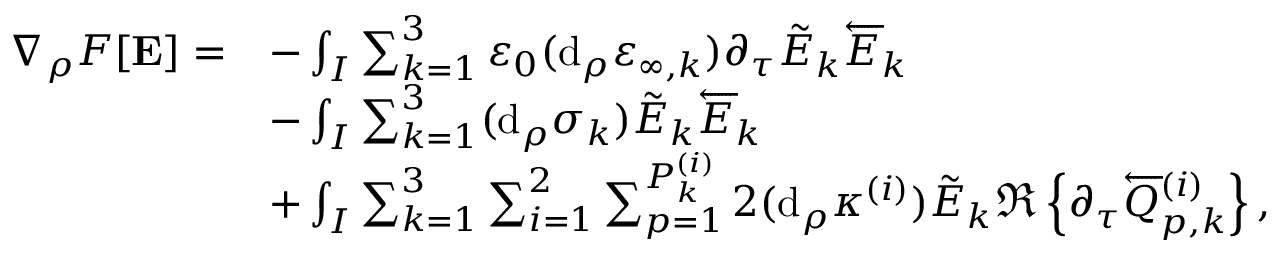
\begin{array} { r l } { \nabla _ { \rho } F [ \mathbf { E } ] = } & { - \int _ { I } \sum _ { k = 1 } ^ { 3 } \varepsilon _ { 0 } ( \mathrm { d } _ { \rho } \varepsilon _ { \infty , k } ) \partial _ { \tau } \tilde { E } _ { k } \overleftarrow { E } _ { k } } \\ & { - \int _ { I } \sum _ { k = 1 } ^ { 3 } ( \mathrm { d } _ { \rho } \sigma _ { k } ) \tilde { E } _ { k } \overleftarrow { E } _ { k } } \\ & { + \int _ { I } \sum _ { k = 1 } ^ { 3 } \sum _ { i = 1 } ^ { 2 } \sum _ { p = 1 } ^ { P _ { k } ^ { ( i ) } } 2 ( \mathrm { d } _ { \rho } \kappa ^ { ( i ) } ) \tilde { E } _ { k } \Re \left\{ \partial _ { \tau } \overleftarrow { Q } _ { p , k } ^ { ( i ) } \right\} , } \end{array}